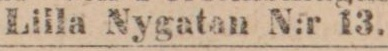
Lilla Nygatan N:r 13.